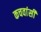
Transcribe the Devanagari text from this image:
कचवांसी